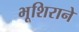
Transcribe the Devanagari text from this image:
भूशिराने